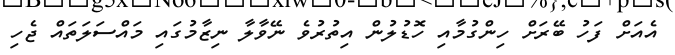
އެއަށް ފަހު ބޭރަށް ހިންގުމާއި ހޮޑުލުން އިތުރުވެ ނޭވާލާ ނިޒާމުގައި މައްސަލަތައް ޖެހި